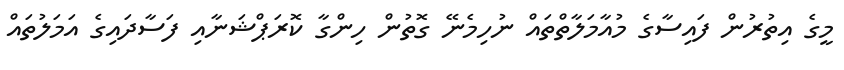
މީގެ އިތުރުން ފައިސާގެ މުއާމަލާތްތައް ނުހިމެނޭ ގޮތުން ހިންގާ ކޮރަޕްޝަނާއި ފަސާދައިގެ އަމަލުތައް